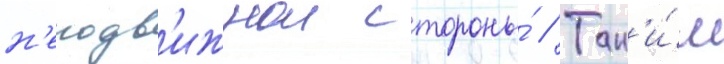
н'еподв'ижнои стороны́ // Так'и́м